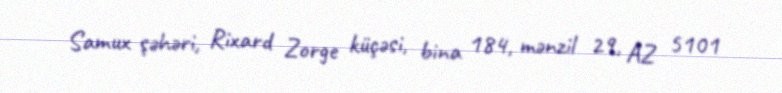
Samux şəhəri, Rixard Zorge küçəsi, bina 184, mənzil 29, AZ 5101